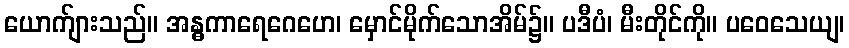
ယောက်ျားသည်။ အန္ဓကာရေဂေဟေ၊ မှောင်မိုက်သောအိမ်၌။ ပဒီပံ၊ မီးတိုင်ကို။ ပဝေသေယျ၊